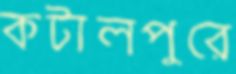
কটালপুরে